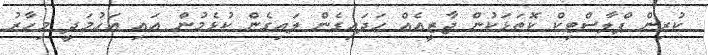
ކުރިން ޕްލާސްޓިކް ކޮތަޅަކުން ޖާޒީއެއް ހަދައިގެން ލައިގެން ކުޅެމުން އައި އަހުމަދީ މިހާރު